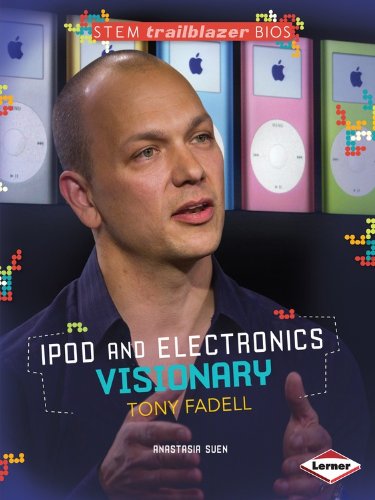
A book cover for Ipod and Electronics Visionary Tony Fadell (Stem Trailblazer Bios); Anastasia Suen; Children's Books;